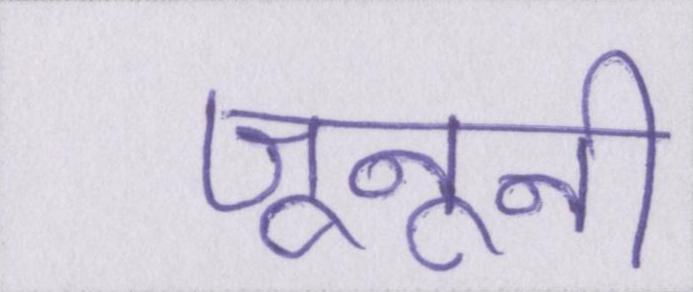
जूनूनी